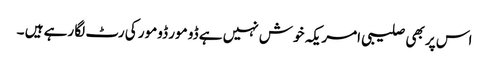
اس پر بھی صلیبی امریکہ خوش نہیں ہے ڈو مور ڈومور کی رٹ لگا رہے ہیں ۔